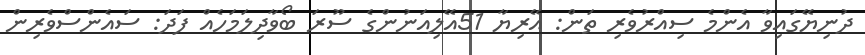
ދުނިޔޭގައިވާ އެންމެ ސިއްރުވެރި ތަން: އޭރިޔާ 51އޭލިއަނުންގެ ސޫރަ ބޯވާދިލަމަހެއް ފަދަ: ސައެންސްވެރިން